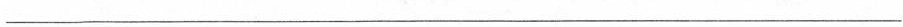
___